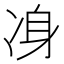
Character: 𠗏